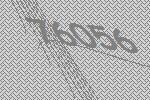
76056